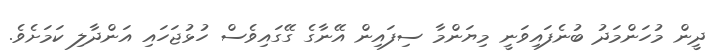
ދީން މުހަންމަދު ބުނެފައިވަނީ މިޔަންމާ ސިފައިން އޭނާގެ ގޭގައިވެސް ހުޅުޖަހައި އަންދާލި ކަމަށެވެ.